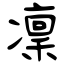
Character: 凜